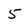
Character: 5